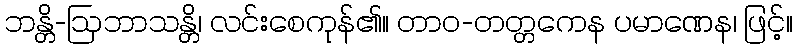
ဘန္တိ-ဩဘာသန္တိ၊ လင်းစေကုန်၏။ တာဝ-တတ္တကေန ပမာဏေန၊ ဖြင့်။